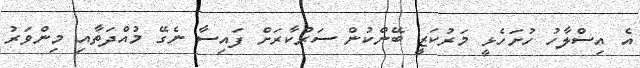
އެ އިސްލާހު ހުށަހެޅީ މަރުކަޒީ ބޭންކުން ސަރުކާރަށް ފައިސާ ނެގޭ މުއްދަތާއި މިންވަރު